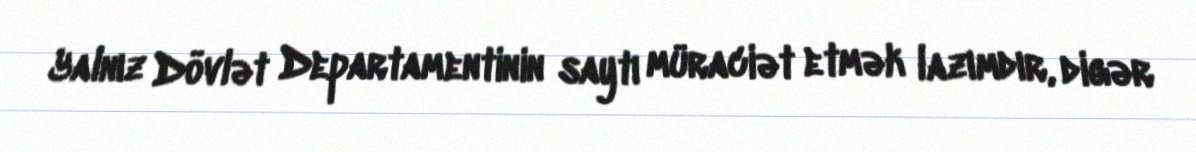
Yalnız Dövlət Departamentinin saytı müraciət etmək lazımdır, digər